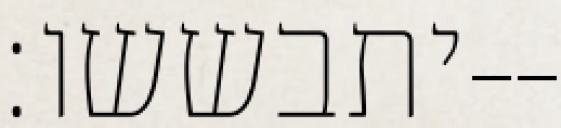
יתבששו׃--